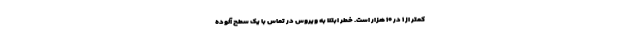
کمتر از ۱ در ۱۰ هزار است. خطر ابتلا به ویروس در تماس با یک سطح آلوده